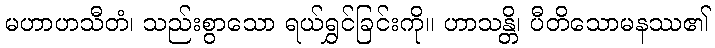
မဟာဟသီတံ၊ သည်းစွာသော ရယ်ရွှင်ခြင်းကို။ ဟာသန္တိ၊ ပီတိသောမနဿ၏